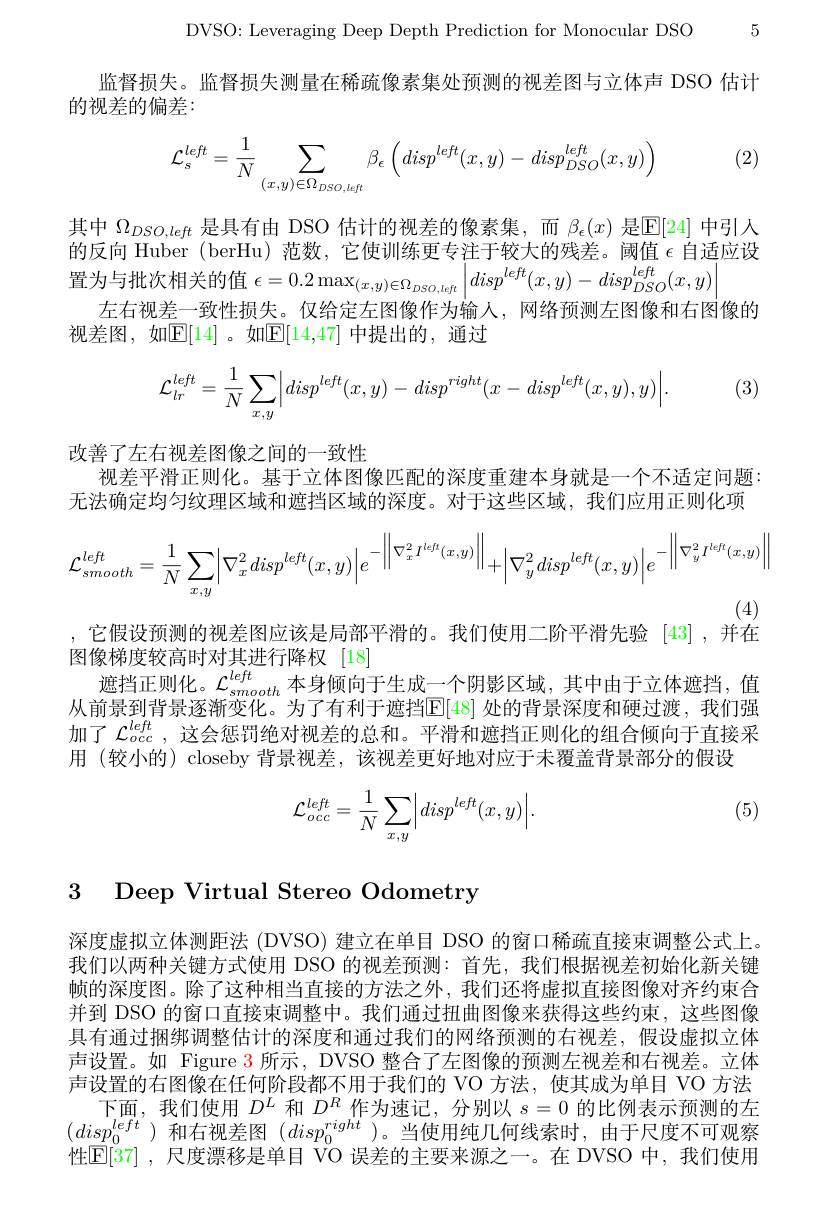
DVSO: Leveraging Deep Depth Prediction for Monocular DSO 5

监督损失。监督损失测量在稀疏像素集处预测的视差图与立体声 DSO 估计
的视差的偏差：

(2)
$$\mathcal{L}_{s}^{left}=\frac{1}{N}\sum_{(x,y)\in\Omega_{DSO,left}}\beta_{\epsilon}\left(disp^{left}(x,y)-disp_{DSO}^{left}(x,y)\right)$$
其中$\Omega_{DSO,left}$是具有由 DSO 估计的视差的像素集，而$\beta_\epsilon(x)$是$\mathbb{E}[24]$中引人的反向 Huber (berHu) 范数，它使训练更专注于较大的残差。阈值$\epsilon$自适应设置为与批次相关的值$\epsilon=0.2\max_(x,y)\in\Omega_{DSO,left}\left|disp^{left}(x,y)-disp_{DSO}^{left}(x,y)\right|$
左右视差一致性损失。仅给定左图像作为输入，网络预测左图像和右图像的
视差图，如$\mathbb{E}[14]$。如$\mathbb{E}[14,47]$ 中提出的，通过
$$\mathcal{L}_{lr}^{left}=\frac{1}{N}\sum\limits_{x,y}\Bigl|disp^{left}(x,y)-disp^{right}(x-disp^{left}(x,y),y)\Bigr|.$$
(3)

改善了左右视差图像之间的一致性
视差平滑正则化。基于立体图像匹配的深度重建本身就是一个不适定问题： 无法确定均匀纹理区域和遮挡区域的深度。对于这些区域，我们应用正则化项
$$\mathcal{L}_{smooth}^{left}=\frac{1}{N}\sum_{x,y}\Bigl|\nabla_{x}^{2}disp^{left}(x,y)\Bigr|e^{-\left\|\nabla_{x}^{2}I^{left}(x,y)\right\|}+\Bigl|\nabla_{y}^{2}disp^{left}(x,y)\Bigr|e^{-\left\|\nabla_{y}^{2}I^{left}(x,y)\right\|}$$
(4)
,它假设预测的视差图应该是局部平滑的。我们使用二阶平滑先验[43] ,并在

图像梯度较高时对其进行降权[18]
遮挡正则化。$\mathcal{L}_{smooth}^{left}$ 本身倾向于生成一个阴影区域，其中由于立体遮挡，值前晏到背旱涿漸亦化 为了右利王海档$\mathbb{E}[48]$ 外的背量深审和硬过滩 我们强从前景到背景逐渐变化。为了有利于遮挡E[48] 处的背景深度和硬过渡，我们强加了$\mathcal{L}_occ^{left}$,这会惩罚绝对视差的总和。平滑和遮挡正则化的组合倾向于直接采用 (较小的) closeby 背景视差，该视差更好地对应于未覆盖背景部分的假设

(5)
$$\mathcal{L}_{occ}^{left}=\frac{1}{N}\sum_{x,y}\Bigl|disp^{left}(x,y)\Bigr|.$$
# 3 Deep Virtual Stereo Odometry

深度虚拟立体测距法 (DVSO) 建立在单目 DSO 的窗口稀疏直接束调整公式上。我们以两种关键方式使用 DSO 的视差预测：首先，我们根据视差初始化新关键帧的深度图。除了这种相当直接的方法之外，我们还将虚拟直接图像对齐约束合并到 DSO 的窗口直接束调整中。我们通过扭曲图像来获得这些约束，这些图像具有通过捆绑调整估计的深度和通过我们的网络预测的右视差，假设虚拟立体声设置。如 Figure 3 所示，DVSO 整合了左图像的预测左视差和右视差。立体声设置的右图像在任何阶段都不用于我们的 VO 方法，使其成为单目 VO 方法
下面，我们使用$D^L$和$D^R$作为速记，分别以$s=0$的比例表示预测的左$(disp_0^{left})$和右视差图$(disp_0^{right})$。当使用纯几何线索时，由于尺度不可观察性E[37] , 尺度漂移是单目 VO 误差的主要来源之一。在 DVSO 中，我们使用